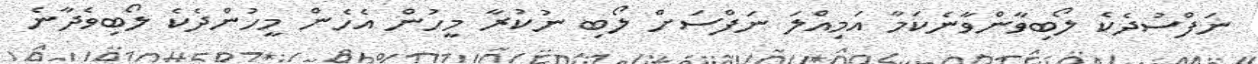
ނަފްސުދެކެ ލޯބިވާންވާނެކަމާ އަމިއްލަ ނަފްސަށް ލޯބި ނުކުރާ މީހުން އެހެން މީހުންދެކެ ލޯބިވެދާނެ